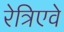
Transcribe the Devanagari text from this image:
रेत्रिएवे